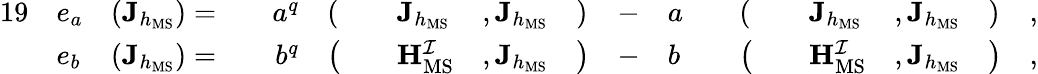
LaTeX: \begin{array}{rlrlrlrlrlrlrlrlrlr}{{19}}&{e_{a}}&{(\mathbf{J}_{h_{\mathrm{MS}}})=}&{}&{a^{q}}&{(}&&{\mathbf{J}_{h_{\mathrm{MS}}}}&{,\mathbf{J}_{h_{\mathrm{MS}}}}&{)}&{-}&{a}&&{(}&&{\mathbf{J}_{h_{\mathrm{MS}}}}&{,\mathbf{J}_{h_{\mathrm{MS}}}}&{)}&{,}\\ &{e_{b}}&{(\mathbf{J}_{h_{\mathrm{MS}}})=}&{}&{b^{q}}&{\big(}&&{\mathbf{H}_{\mathrm{MS}}^{\mathcal{I}}}&{,\mathbf{J}_{h_{\mathrm{MS}}}}&{\big)}&{-}&{b}&&{\big(}&&{\mathbf{H}_{\mathrm{MS}}^{\mathcal{I}}}&{,\mathbf{J}_{h_{\mathrm{MS}}}}&{\big)}&{,}\end{array}